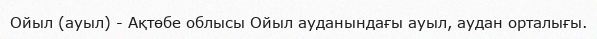
Ойыл (ауыл) - Ақтөбе облысы Ойыл ауданындағы ауыл, аудан орталығы.